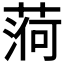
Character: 𦶒